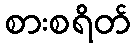
စားစရိတ်